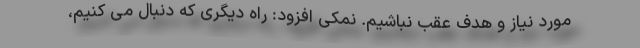
مورد نیاز و هدف عقب نباشیم. نمکی افزود: راه دیگری که دنبال می کنیم،